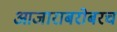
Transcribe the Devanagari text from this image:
आजाराबरोबरच